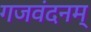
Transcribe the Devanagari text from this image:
गजवंदनम्